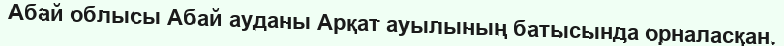
Абай облысы Абай ауданы Арқат ауылының батысында орналасқан.